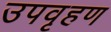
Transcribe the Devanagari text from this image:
उपवृहण